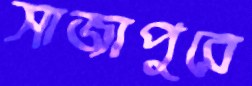
সাজাপুরে